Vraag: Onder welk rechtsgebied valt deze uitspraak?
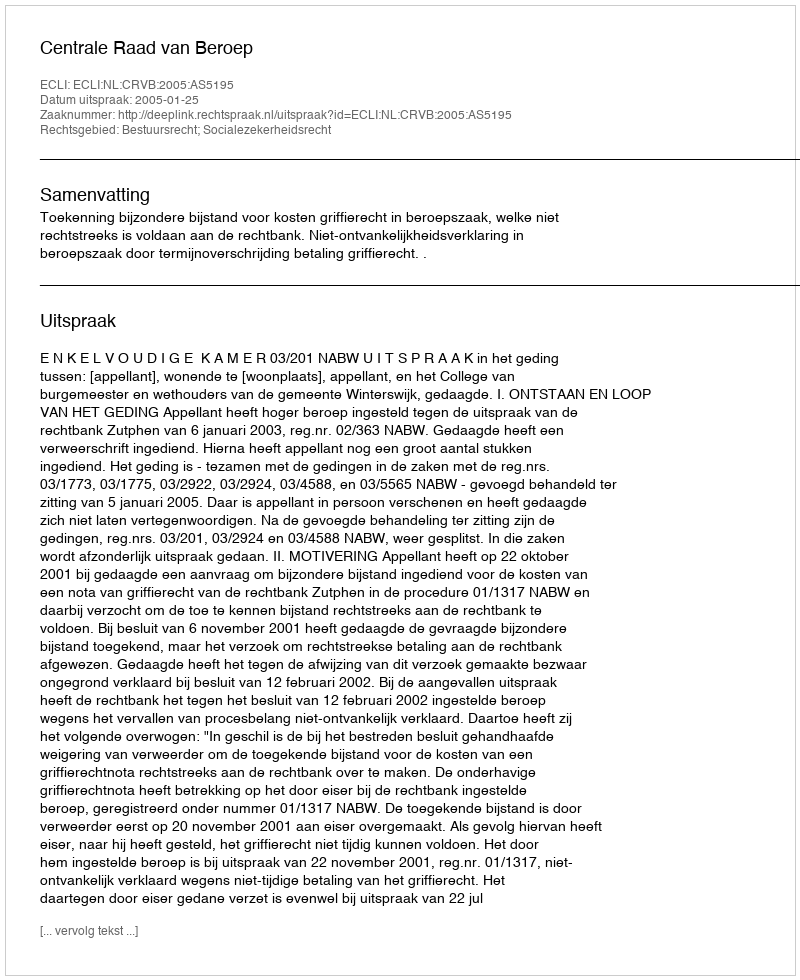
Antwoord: Bestuursrecht; Socialezekerheidsrecht